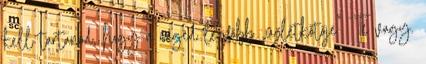
kell tartanod, hogy a céged legfőbb „üzletkötője” Te vagy.